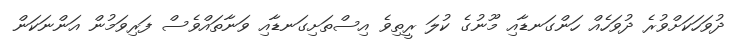
ދުވަހަކަށްވުރެ ދުވަހެއް ހަންގަނޑާއި މޫނުގެ ކުލަ ރީތިވެ އިސްތަށިގަނޑާއި ވަނާތައްވެސް ފަރިވަމުން އަންނަކަން